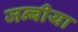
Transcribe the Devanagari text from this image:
जन्बीया